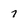
Character: 7